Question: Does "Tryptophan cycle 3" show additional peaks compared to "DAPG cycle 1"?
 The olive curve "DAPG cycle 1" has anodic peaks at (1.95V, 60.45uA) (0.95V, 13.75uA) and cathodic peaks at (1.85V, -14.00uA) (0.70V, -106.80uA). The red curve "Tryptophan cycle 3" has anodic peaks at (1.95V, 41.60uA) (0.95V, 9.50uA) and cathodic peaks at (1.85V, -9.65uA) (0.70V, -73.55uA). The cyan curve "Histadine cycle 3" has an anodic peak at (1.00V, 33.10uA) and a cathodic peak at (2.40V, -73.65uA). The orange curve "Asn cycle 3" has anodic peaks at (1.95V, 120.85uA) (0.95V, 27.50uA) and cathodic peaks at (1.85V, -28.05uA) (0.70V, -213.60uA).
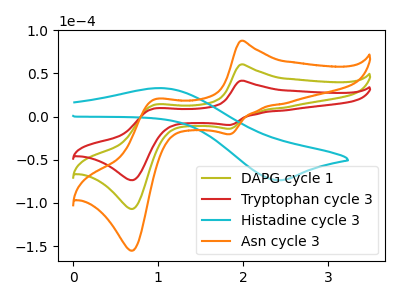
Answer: <think>All the peaks in "Tryptophan cycle 3" have a peak in "DAPG cycle 1" at the same potential. Every peak in "Tryptophan cycle 3" is lower than every peak in "DAPG cycle 1".
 </think>
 <answer>No, "Tryptophan cycle 3" and "DAPG cycle 1" don't appear to be significantly different in shape</answer>
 <eval>no_change</eval>